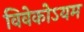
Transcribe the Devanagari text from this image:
विवेकोऽयम